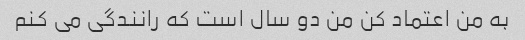
به من اعتماد کن من دو سال است که رانندگی می کنم